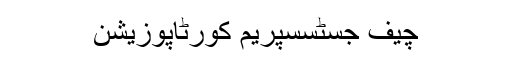
چیف جسٹسسپریم کورٹاپوزیشن